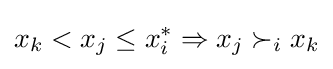
x_{k}<x_{j}\leq x_{i}^{*}\Rightarrow x_{j}\succ _{i}x_{k}